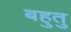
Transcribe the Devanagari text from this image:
बहुतु